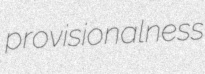
provisionalness